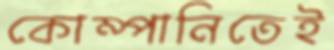
কোম্পানিতেই